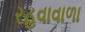
રહવાવાળા